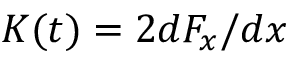
K ( t ) = 2 d F _ { x } / d x